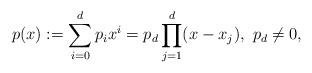
LaTeX: \begin{align*}p(x):=\sum_{i=0}^dp_ix^i=p_d\prod_{j=1}^d(x-x_j),~p_d\neq 0,\end{align*}